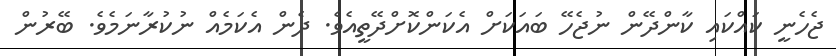
ޖެހެނީ ކައްކައި ކާންދޭން ނުޖެހޭ ބައަކަށް އެކަންކޮށްދޭތީއެވެ. ދެން އެކަމެއް ނުކުރާނަމެވެ. ބޭރުން